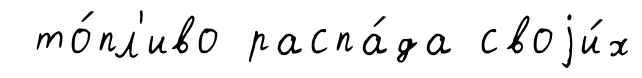
то́пл'иво распа́да своjи́х